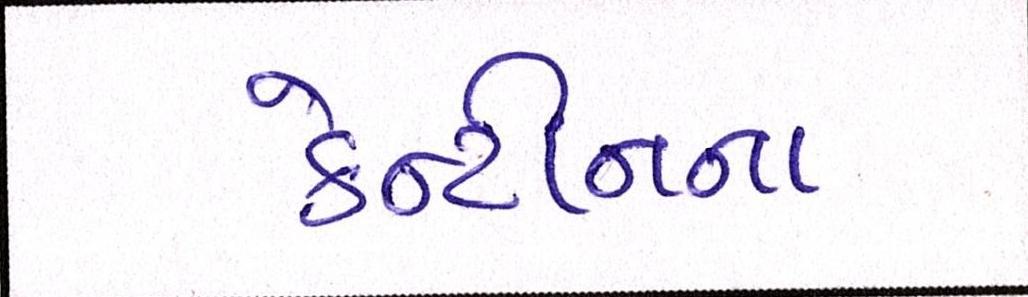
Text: કેન્ટીનના